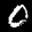
Digit: 0